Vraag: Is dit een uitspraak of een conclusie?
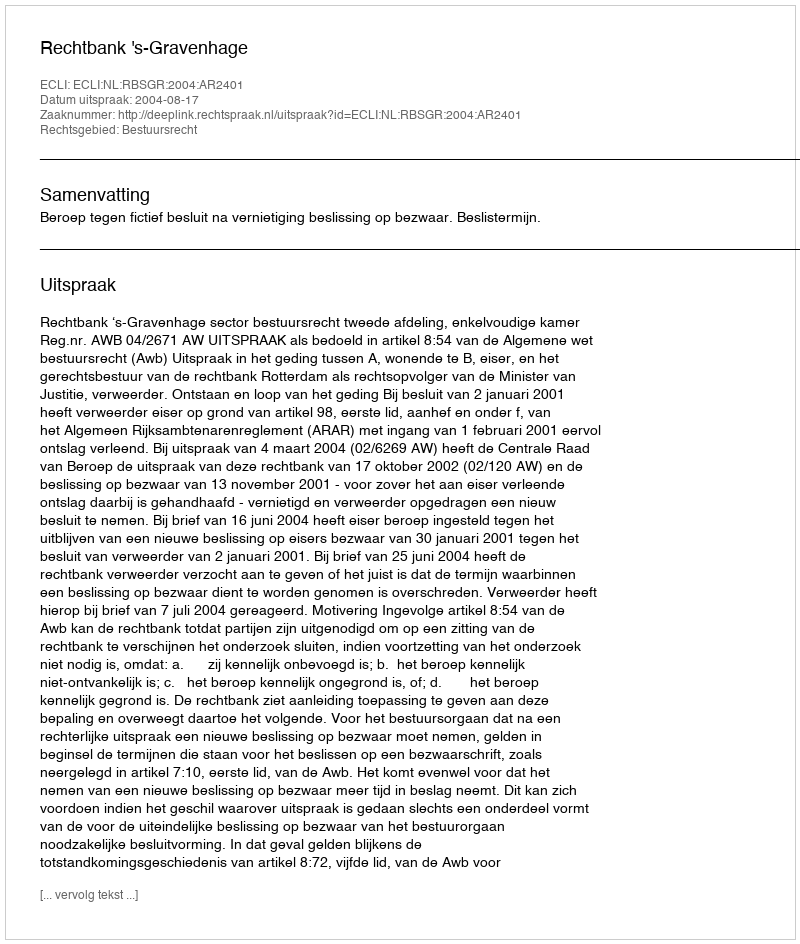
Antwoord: Uitspraak